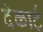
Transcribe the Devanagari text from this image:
देकार्ट